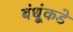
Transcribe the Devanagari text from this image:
बंधूंकडे